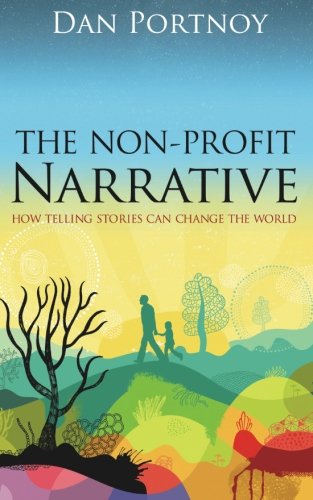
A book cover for The Non-Profit Narrative: How Telling Stories Can Change the World; Dan Portnoy; Business & Money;